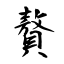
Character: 贅